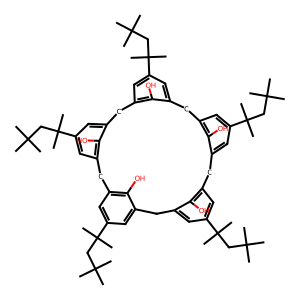
SMILES: CC(C)(C)CC(C)(C)c1cc2c(O)c(c1)Cc1cc(C(C)(C)CC(C)(C)C)cc(c1O)Cc1cc(C(C)(C)CC(C)(C)C)cc(c1O)Cc1cc(C(C)(C)CC(C)(C)C)cc(c1O)Cc1cc(C(C)(C)CC(C)(C)C)cc(c1O)C2
Inhibits HIV replication: No